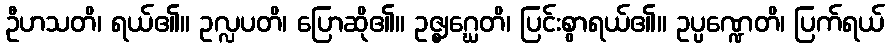
ဦဟသတိ၊ ရယ်၏။ ဥလ္လပတိ၊ ပြောဆို၏။ ဥဇ္ဈဂ္ဃေတိ၊ ပြင်းစွာရယ်၏။ ဥပ္ပဏ္ဍေတိ၊ ပြက်ရယ်